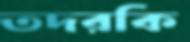
তদরকি